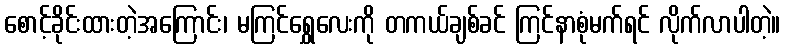
စောင့်ခိုင်းထားတဲ့အကြောင်း၊ မကြင်ရွှေလေးကို တကယ်ချစ်ခင် ကြင်နာစုံမက်ရင် လိုက်လာပါတဲ့။